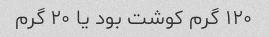
۱۲۰ گرم کوشت بود یا ۲۰ گرم